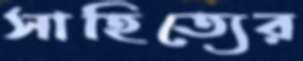
সাহিত্যের